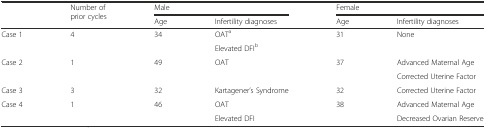
<table><thead><tr><td rowspan="2"></td><td rowspan="2"><b>Number of prior cycles</b></td><td colspan="2"><b>Male</b></td><td colspan="2"><b>Female</b></td></tr><tr><td><b>Age</b></td><td><b>Infertility diagnoses</b></td><td><b>Age</b></td><td><b>Infertility diagnoses</b></td></tr></thead><tbody><tr><td rowspan="2">Case 1</td><td rowspan="2">4</td><td rowspan="2">34</td><td>OAT<sup>a</sup></td><td rowspan="2">31</td><td rowspan="2">None</td></tr><tr><td>Elevated DFI<sup>b</sup></td></tr><tr><td rowspan="2">Case 2</td><td rowspan="2">1</td><td rowspan="2">49</td><td rowspan="2">OAT</td><td rowspan="2">37</td><td>Advanced Maternal Age</td></tr><tr><td>Corrected Uterine Factor</td></tr><tr><td>Case 3</td><td>3</td><td>32</td><td>Kartagener’s Syndrome</td><td>32</td><td>Corrected Uterine Factor</td></tr><tr><td rowspan="2">Case 4</td><td rowspan="2">1</td><td rowspan="2">46</td><td>OAT</td><td>38</td><td>Advanced Maternal Age</td></tr><tr><td>Elevated DFI</td><td></td><td>Decreased Ovarian Reserve</td></tr></tbody></table>